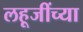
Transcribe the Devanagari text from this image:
लहूजींच्या